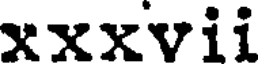
xxxvii